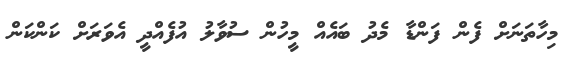
މިހާތަނަށް ފެން ފަންޑާ މެދު ބައެއް މީހުން ސުވާލު އުފެއްދީ އެވަރަށް ކަންކަން